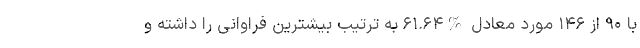
با ۹۰ از ۱۴۶ مورد معادل %۶۱.۶۴ به ترتیب بیشترین فراوانی را داشته و